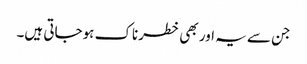
جن سے یہ اور بھی خطرناک ہوجاتی ہیں۔